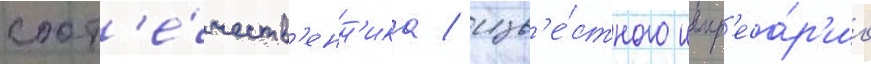
соот'е́честв'енн'ика / изв'е́стного импр'еса́р'ио